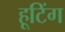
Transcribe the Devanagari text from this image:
हूटिंग